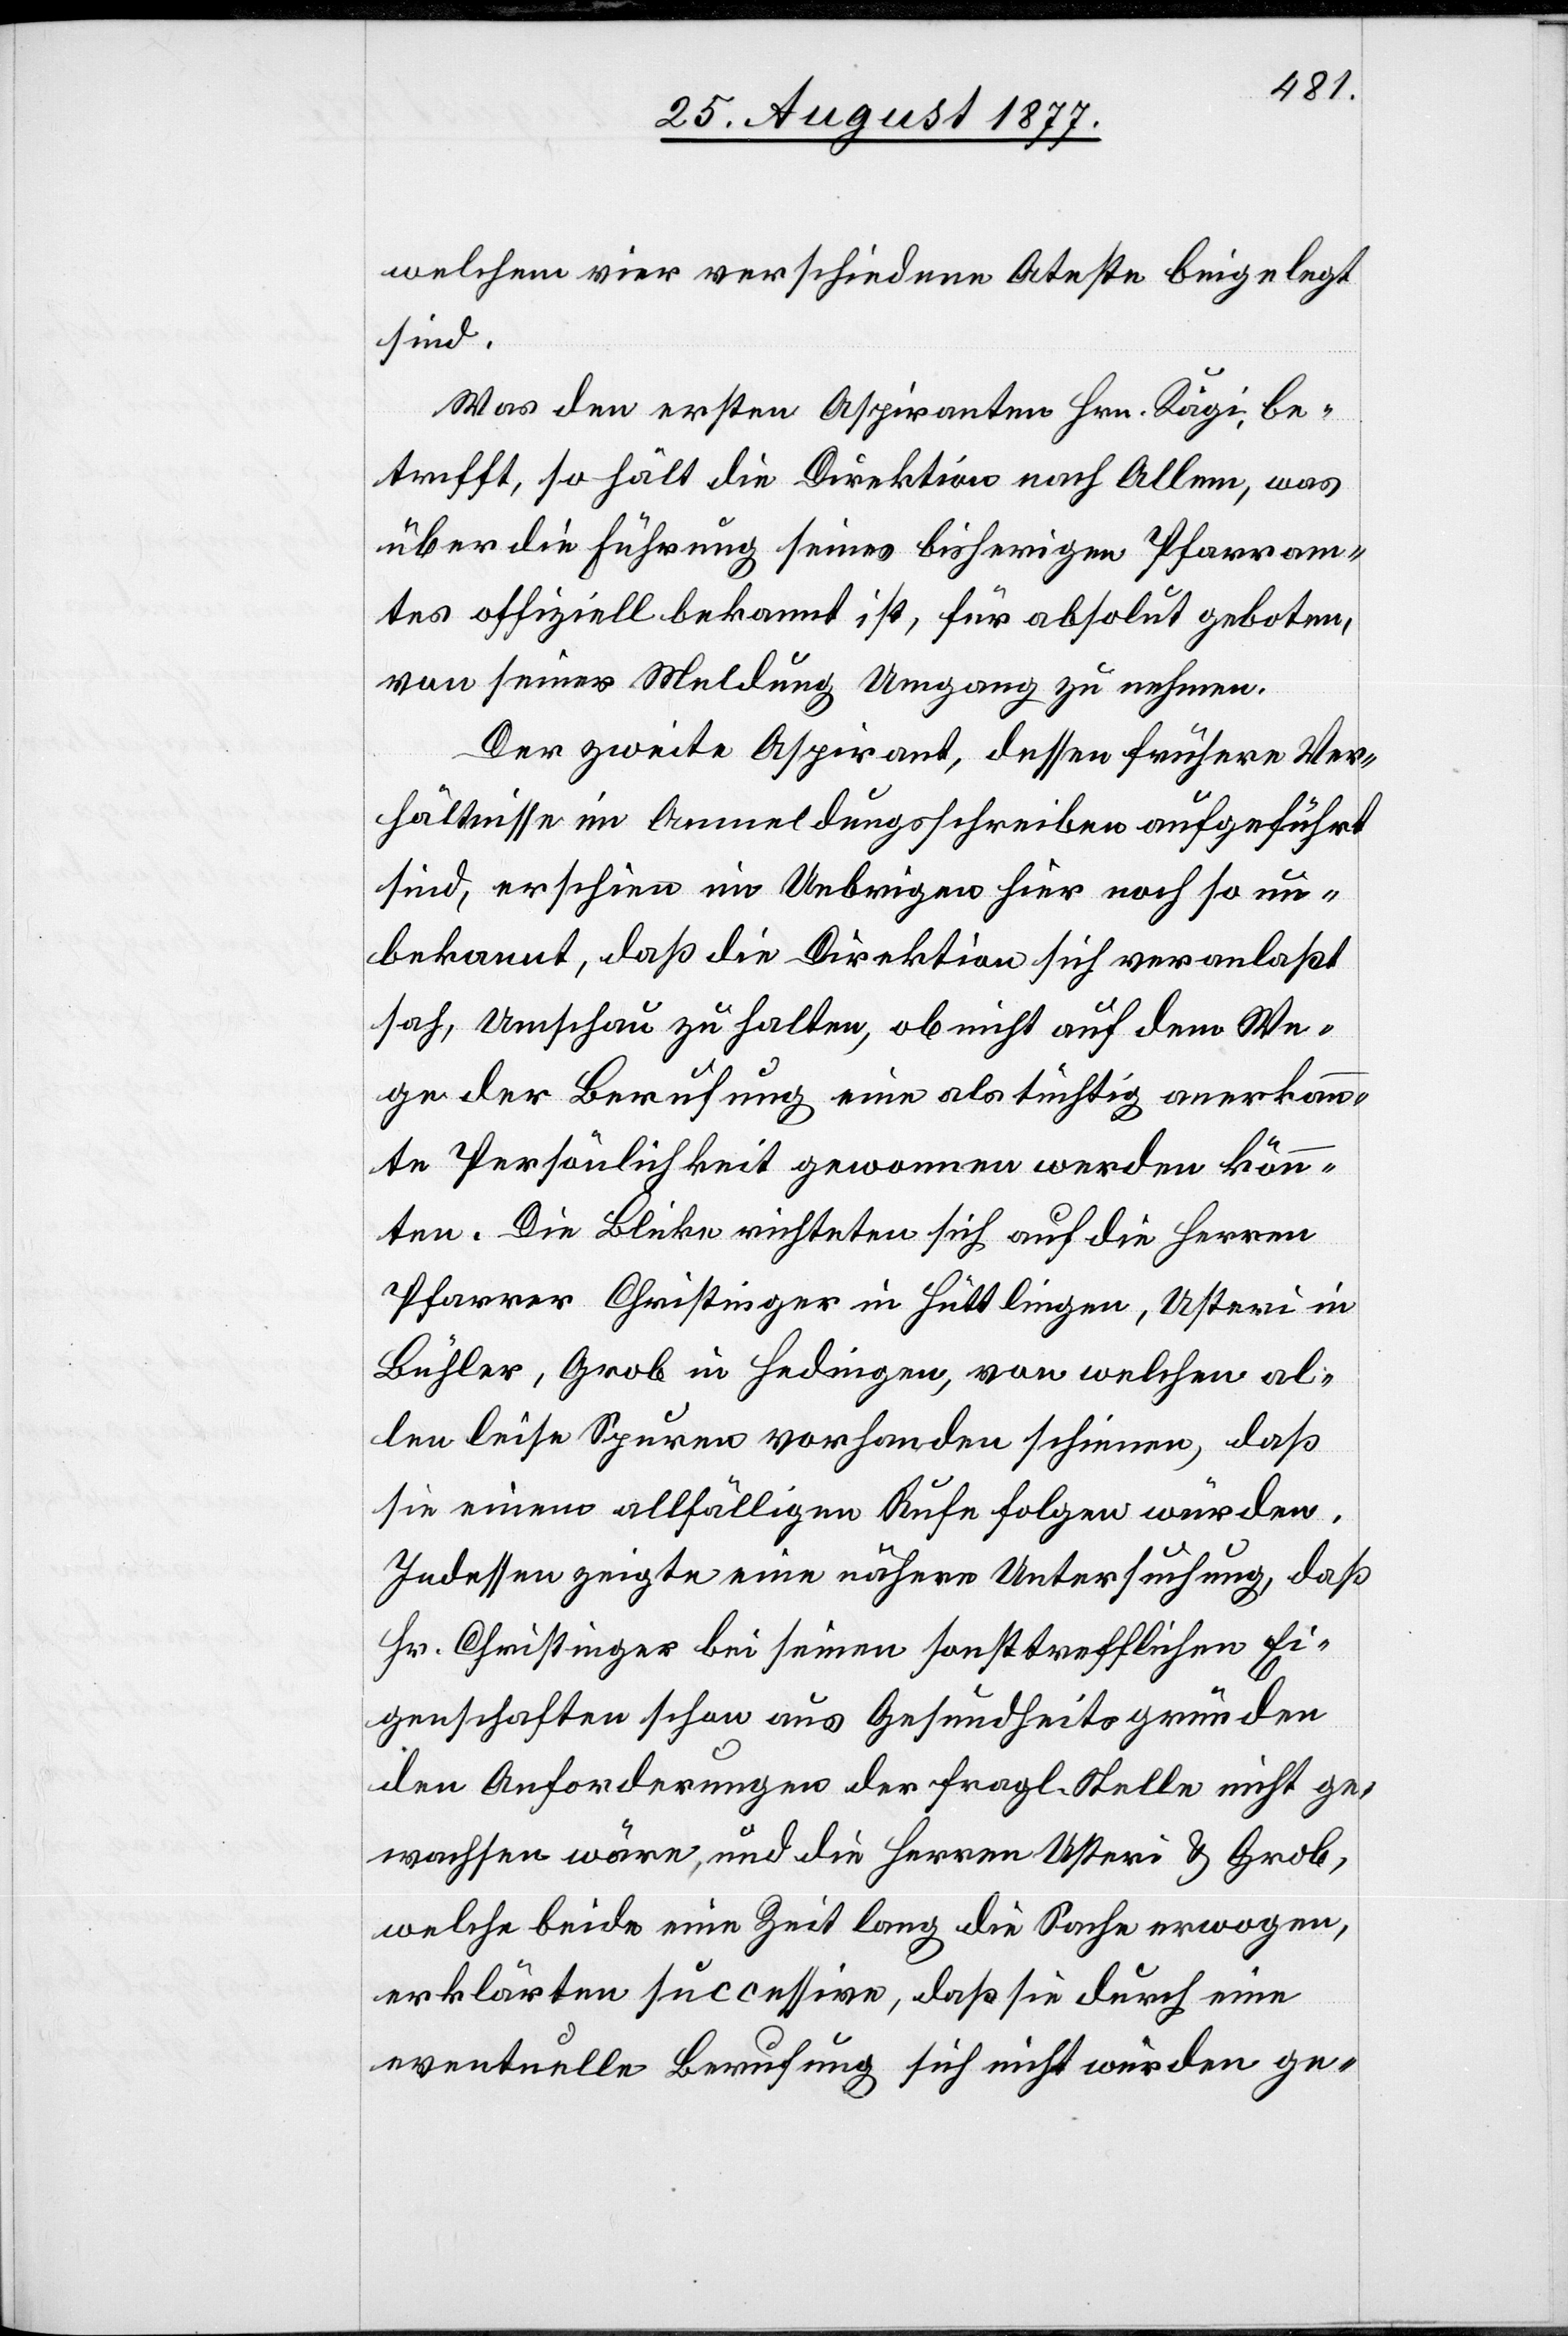
welchem vier verschiedene At[t]este beigelegt
sind.
Was den ersten Aspiranten Hrn. Kägi, be¬
trifft, so hält die Direktion nach Allem, was
über die Führung seines bisherigen Pfarram¬
tes offiziell bekannt ist, für absolut geboten,
von seiner Meldung Umgang zu nehmen.
Der zweite Aspirant, dessen frühere Ver¬
hältnisse im Anmeldungsschreiben aufgeführt
sind, erschien im Uebrigen hier noch so un¬
bekannt, daß die Direktion sich veranlaßt
sah, Umschau zu halten, ob nicht auf dem We¬
ge der Berufung eine als tüchtig anerkann¬
te Persönlichkeit gewonnen werden könnten
Die Blicke richteten sich auf die Herren
Pfarrer Christinger in Hüttlingen, Usteri in
Bühler, Grob in Hedingen, von welchen al¬
len leise Spuren vorhanden schienen, daß
sie einem allfälligen Rufe folgen würden.
Indessen zeigte eine nähere Untersuchung, daß
Hr. Christinger bei seinen sonst trefflichen Ei¬
genschaften schon aus Gesundheitsgründen
den Anforderungen der fragl. Stelle nicht ge¬
wachsen wäre, und die Herren Usteri & Grob,
welche beide eine Zeit lang die Sache erwogen,
erklärten successive, daß sie durch eine
eventuelle Berufung sich nicht würden ge-